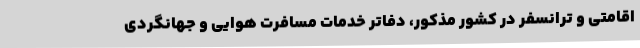
اقامتی و ترانسفر در کشور مذکور، دفاتر خدمات مسافرت هوایی و جهانگردی